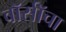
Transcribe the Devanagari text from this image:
वॉर्सॉचा